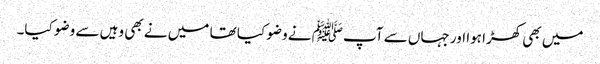
میں بھی کھڑا ہوا اور جہاں سے آپﷺ نے وضو کیا تھا میں نے بھی وہیں سے وضو کیا۔